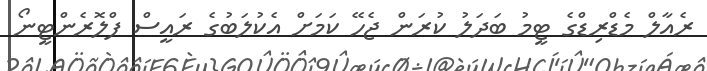
ރެއާލް މެޑްރިޑްގެ ޓީމު ބަދަލު ކުރަން ޖެހޭ ކަމަށް އެކުލަބުގެ ރައީސް ފްލޮރެންޓީނޯ